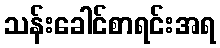
သန်းခေါင်စာရင်းအရ